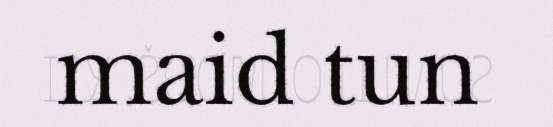
maid tun